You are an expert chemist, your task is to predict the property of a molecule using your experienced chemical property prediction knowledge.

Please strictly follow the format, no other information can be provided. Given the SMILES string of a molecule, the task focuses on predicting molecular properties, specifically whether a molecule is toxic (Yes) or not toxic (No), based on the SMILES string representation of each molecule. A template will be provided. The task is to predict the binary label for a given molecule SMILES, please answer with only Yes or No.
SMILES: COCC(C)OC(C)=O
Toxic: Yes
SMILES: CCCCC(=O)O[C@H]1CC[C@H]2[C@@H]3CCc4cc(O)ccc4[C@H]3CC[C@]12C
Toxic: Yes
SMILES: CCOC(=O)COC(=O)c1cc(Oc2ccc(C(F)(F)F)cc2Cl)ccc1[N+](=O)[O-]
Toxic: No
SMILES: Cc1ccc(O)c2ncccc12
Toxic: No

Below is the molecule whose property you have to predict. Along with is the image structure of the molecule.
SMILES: OC1CCCCC1c1ccccc1
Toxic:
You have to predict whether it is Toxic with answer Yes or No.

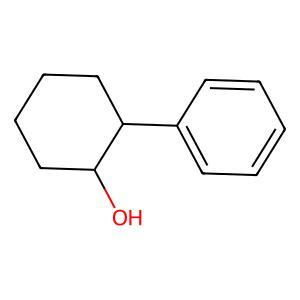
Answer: No